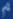
^{\rho}